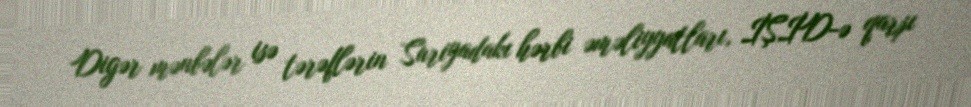
Digər mənbələr isə tərəflərin Suriyadakı hərbi əməliyyatları, İŞİD-ə qarşı